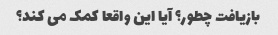
بازیافت چطور؟ آیا این واقعا کمک می کند؟